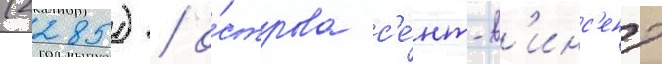
(2285) / о́строва с'е́нт-в'инс'ент